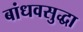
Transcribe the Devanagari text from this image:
बांधवसुद्धा